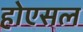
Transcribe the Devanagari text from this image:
होएसल